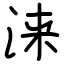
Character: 涞